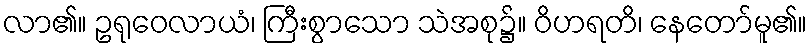
လာ၏။ ဥရုဝေလာယံ၊ ကြီးစွာသော သဲအစု၌။ ဝိဟရတိ၊ နေတော်မူ၏။